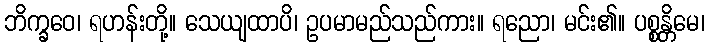
ဘိက္ခဝေ၊ ရဟန်းတို့။ သေယျထာပိ၊ ဥပမာမည်သည်ကား။ ရညော၊ မင်း၏။ ပစ္စန္တိမေ၊